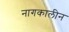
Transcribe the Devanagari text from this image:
नागकालीन